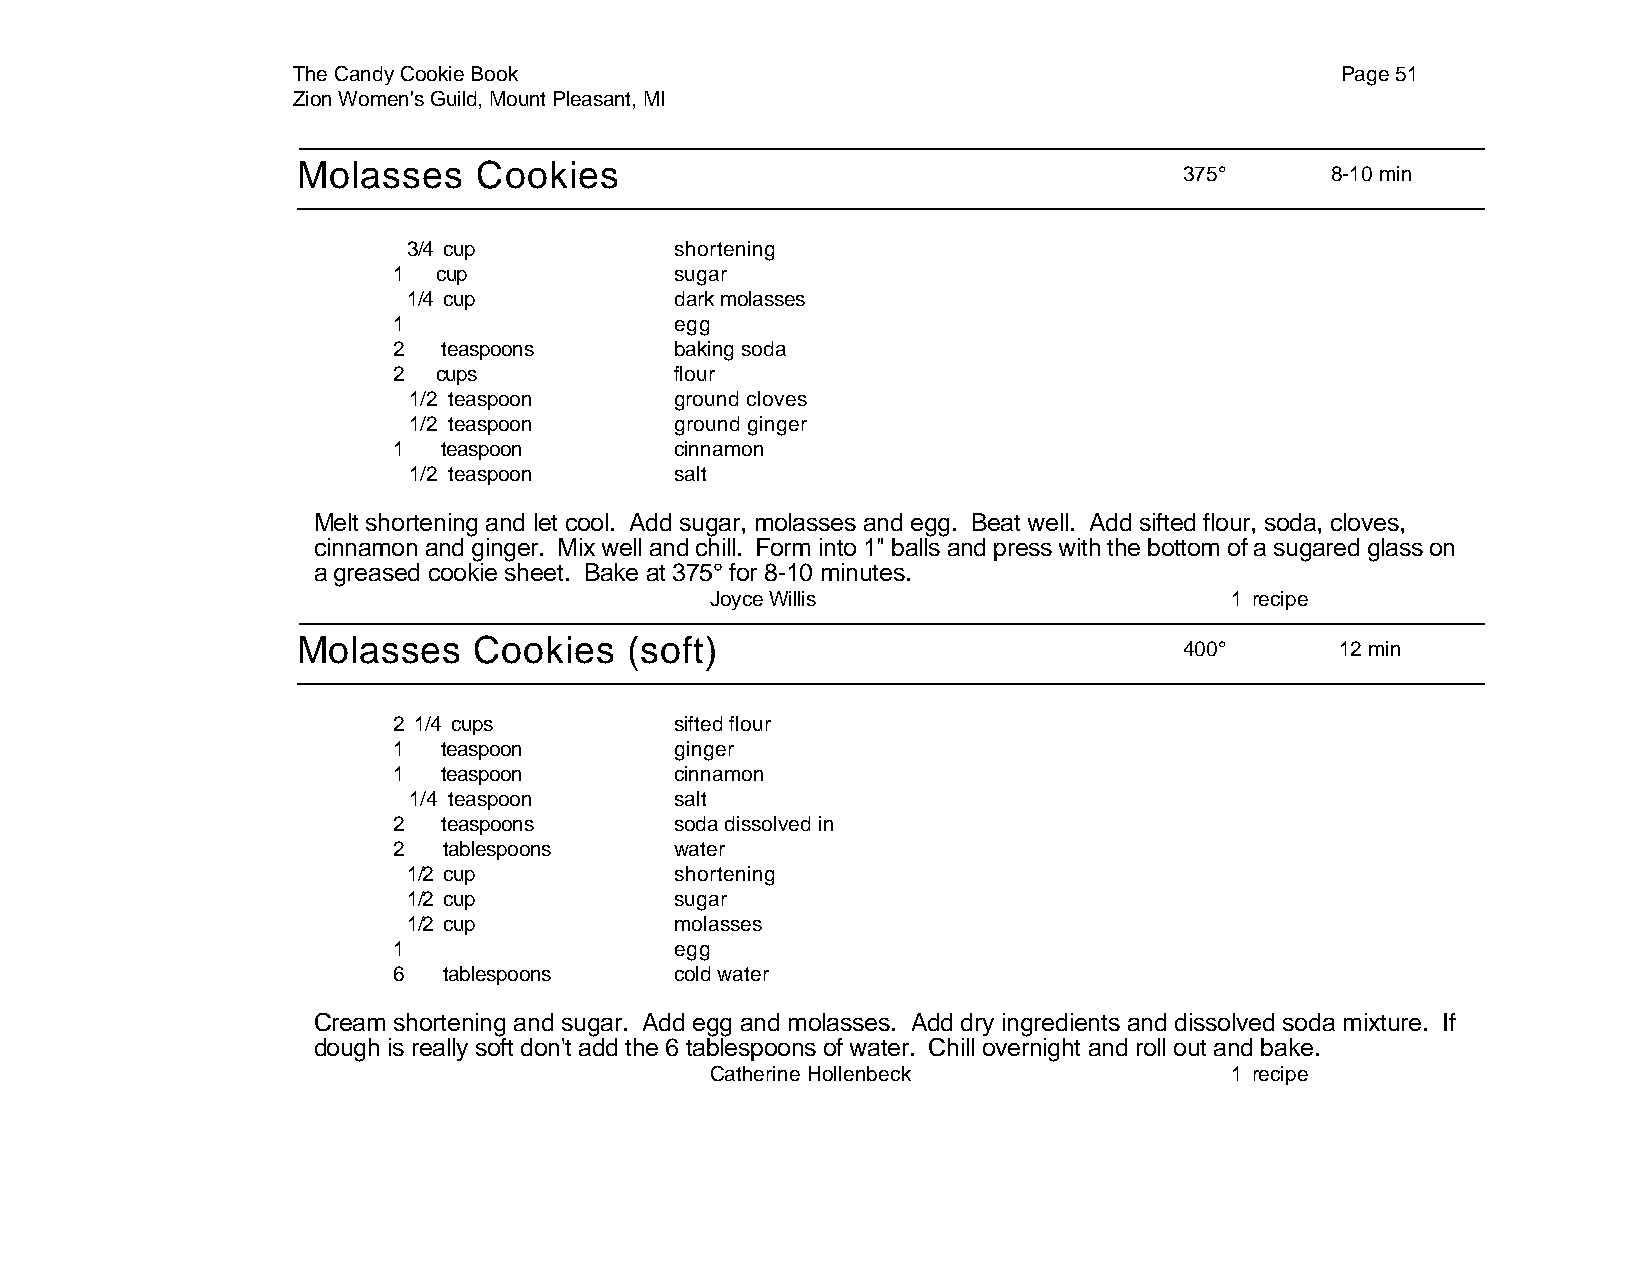
The Candy Cookie Book                                                 Page 51
 Zion Women's Guild, Mount Pleasant, MI
 Molasses    Cookies
 375°      8-10 min
 3/4 cup           shortening
 1  cup             sugar
 1/4 cup           dark molasses
 1                  egg
 2  teaspoons       baking soda
 2  cups            flour
 1/2 teaspoon      ground cloves
 1/2 teaspoon      ground ginger
 1  teaspoon        cinnamon
 1/2 teaspoon      salt
 Melt shortening and let cool. Add sugar, molasses and egg. Beat well. Add sifted flour, soda, cloves,
 cinnamon and ginger. Mix well and chill. Form into 1" balls and press with the bottom of a sugared glass on
 a greased cookie sheet. Bake at 375° for 8-10 minutes.
 Joyce Willis                      1 recipe
 Molasses   Cookies    (soft)
 400°       12 min
 2 1/4 cups         sifted flour
 1  teaspoon        ginger
 1  teaspoon        cinnamon
 1/4 teaspoon      salt
 2  teaspoons       soda dissolved in
 2  tablespoons     water
 1/2 cup           shortening
 1/2 cup           sugar
 1/2 cup           molasses
 1                  egg
 6  tablespoons     cold water
 Cream shortening and sugar. Add egg and molasses. Add dry ingredients and dissolved soda mixture. If
 dough is really soft don't add the 6 tablespoons of water. Chill overnight and roll out and bake.
 Catherine Hollenbeck              1 recipe